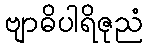
ဗျာဓိပါရိဇုညံ